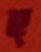
হ্